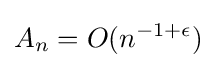
A_{n}=O(n^{-1+\epsilon })